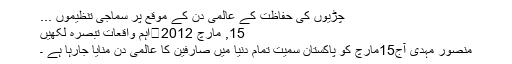
چڑیوں کی حفاظت کے عالمی دن کے موقع پر سماجی تنظیموں ...
15, مارچ 2012	اہم واقعات تبصرہ لکھیں
منصور مہدی آج15مارچ کو پاکستان سمیت تمام دنیا میں صارفین کا عالمی دن منایا جارہا ہے ۔